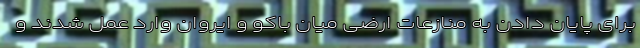
برای پایان دادن به منازعات ارضی میان باکو و ایروان وارد عمل شدند و